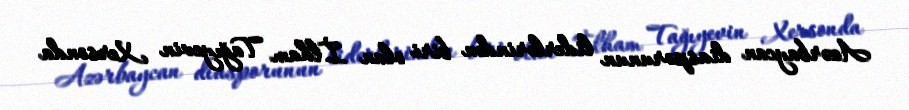
Azərbaycan diasporunun liderlərindən biri olan İlham Tağıyevin Xersonda